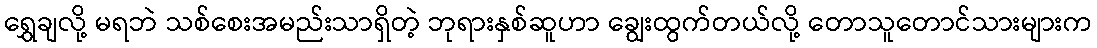
ရွှေချလို့ မရဘဲ သစ်စေးအမည်းသာရှိတဲ့ ဘုရားနှစ်ဆူဟာ ချွေးထွက်တယ်လို့ တောသူတောင်သားများက